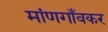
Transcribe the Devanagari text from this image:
मांणगाँवकर